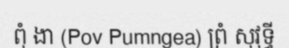
ពុំ ងា (Pov Pumngea) ព្រំ សុវុទ្ធី